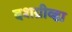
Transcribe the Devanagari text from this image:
दशग्रीव्हा